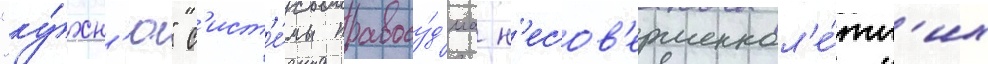
"ку́хн'ю" с'ист'е́мы правосу́д'иа н'есов'ершеннол'е́тн'их